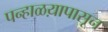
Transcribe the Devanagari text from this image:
पन्हाळय़ापासून